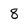
Character: 8